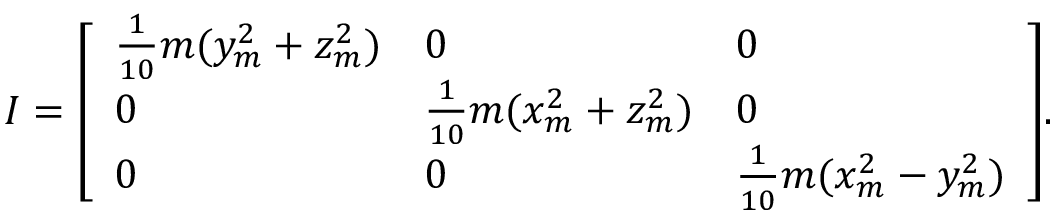
I = { \left[ \begin{array} { l l l } { { \frac { 1 } { 1 0 } } m ( y _ { m } ^ { 2 } + z _ { m } ^ { 2 } ) } & { 0 } & { 0 } \\ { 0 } & { { \frac { 1 } { 1 0 } } m ( x _ { m } ^ { 2 } + z _ { m } ^ { 2 } ) } & { 0 } \\ { 0 } & { 0 } & { { \frac { 1 } { 1 0 } } m ( x _ { m } ^ { 2 } - y _ { m } ^ { 2 } ) } \end{array} \right] } .